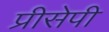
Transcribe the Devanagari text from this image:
प्रीसेपी